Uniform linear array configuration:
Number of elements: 24
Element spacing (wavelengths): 0.75
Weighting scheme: kaiser
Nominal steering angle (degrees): -30
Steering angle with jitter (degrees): -29.61
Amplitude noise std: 0.05
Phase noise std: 0.05

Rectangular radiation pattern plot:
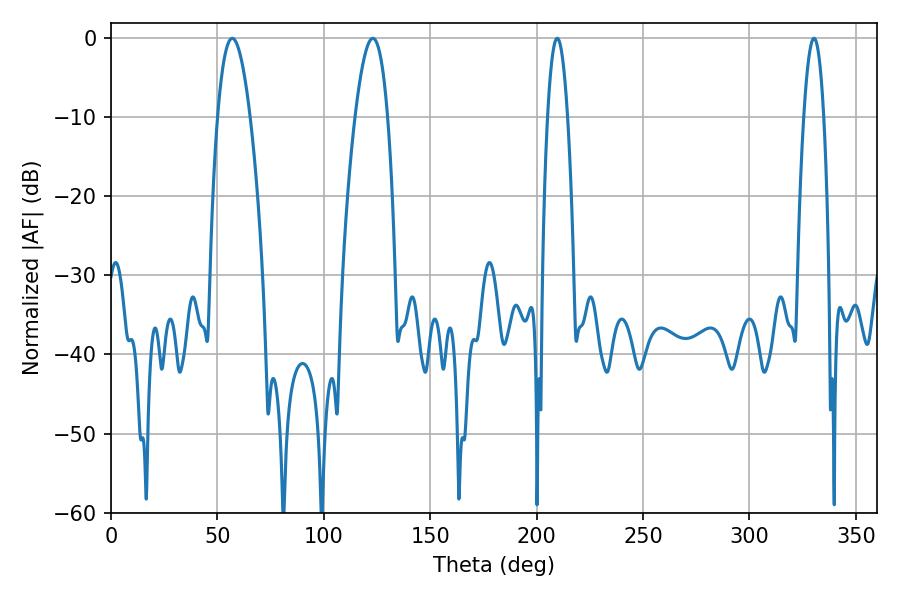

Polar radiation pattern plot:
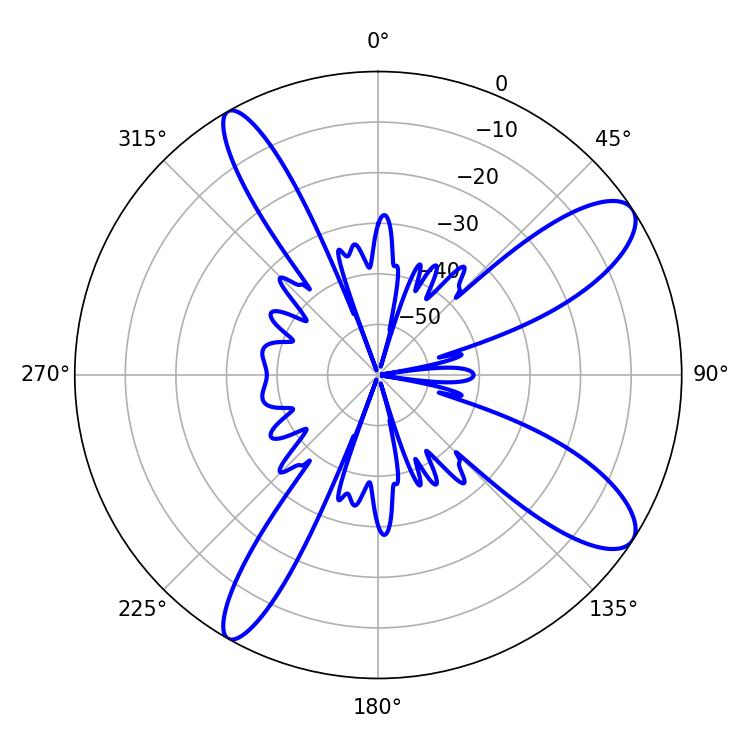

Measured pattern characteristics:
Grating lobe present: TRUE
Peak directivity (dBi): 10.751
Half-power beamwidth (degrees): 5.04
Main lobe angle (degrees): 209.7